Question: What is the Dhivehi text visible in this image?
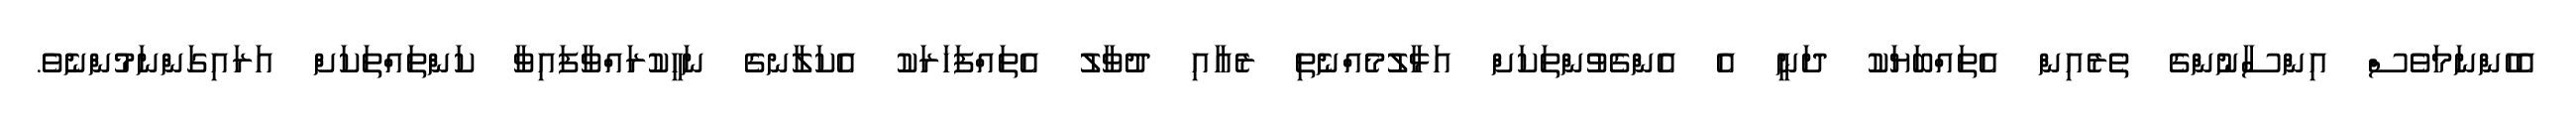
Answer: އެހެންނަމަވެސް އިންސާނުންގެ ތެރެއިން އެތައްބަޔަކު ދަނީ އެ އެންގެވުންތަކަށް އަޅާލުމެއްނެތި ރެއާއި ދުވާލު އެތައްފަހަރަކު އެކަލާނގެ ނަހީކުރައްވާފައިވާ ކަންތައްތަކަށް އަރައިގަންނަމުންނެވެ.